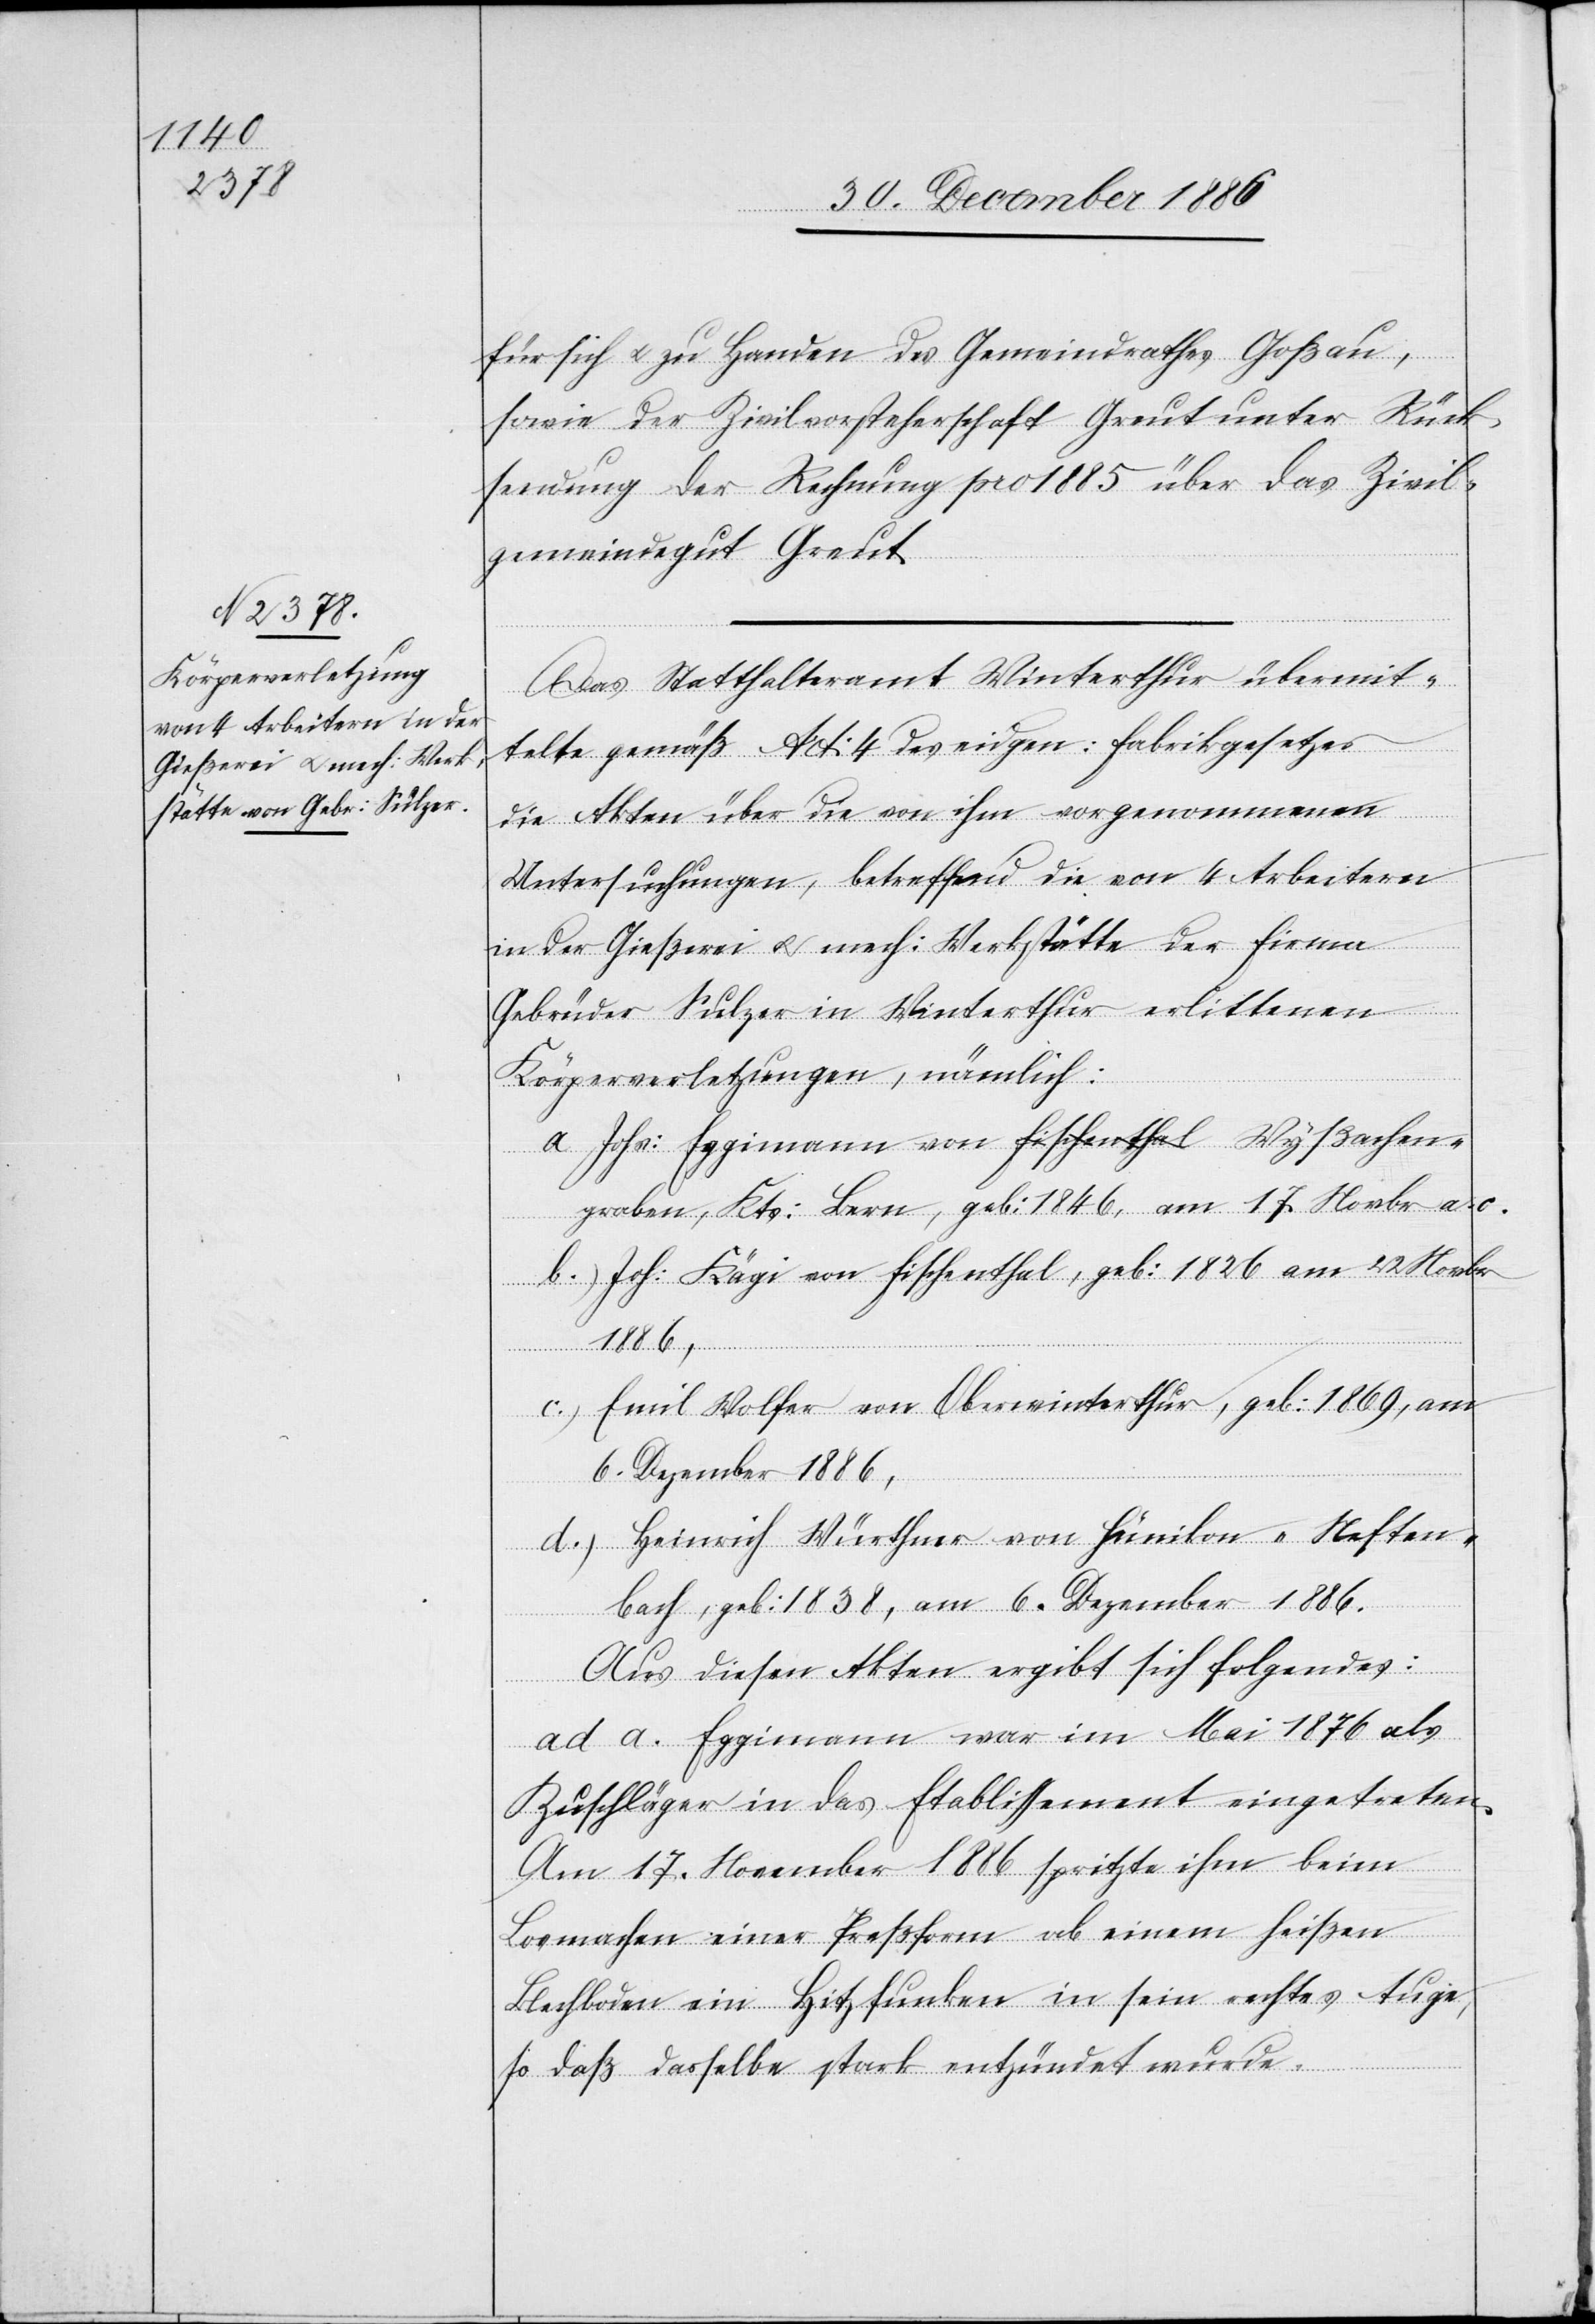
für sich & zu Handen des Gemeindrathes Goßau,
sowie der Zivilvorsteherschaft Greut unter Rück¬
sendung der Rechnung pro 1885 über das Zivil¬
gemeindegut Greut.
Das Statthalteramt Winterthur übermit¬
telte gemäß Art: 4 des eidgen: Fabrikgesetzes
die Akten über die von ihm vorgenommenen
Untersuchungen, betreffend die von 4 Arbeitern
in der Gießerei & mech: Werkstätte der Firma
Gebrüder Sulzer in Winterthur erlittenen
Körperverletzungen, nämlich:
a.) Johs: Eggimann von a-Fischenthal-a Wyßachen¬
graben, Kts: Bern, geb: 1846, am 17. Novbr. a. c.
b.) Joh: Kägi von Fischenthal, geb: 1826 am 42 Novbr.
1886,
c.) Emil Wolfer von Oberwinterthur, geb: 1869, am
6. Dezember 1886,
d.) Heinrich Würthner von Hünikon - Neften¬
bach, geb: 1838, am 6. Dezember 1886.
Aus diesen Akten ergibt sich folgendes:
ad a. Eggimann war im Mai 1876 als
Zuschläger in das Etablissement eingetreten.
Am 17. November 1886 spritzte ihm beim
Losmachen einer Preßform ab einem heißen
Blechboden ein Hitzfunken in sein rechtes Auge,
so daß dasselbe stark entzündet wurde.